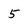
Character: 5